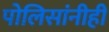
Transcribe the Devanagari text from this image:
पोलिसांनीही